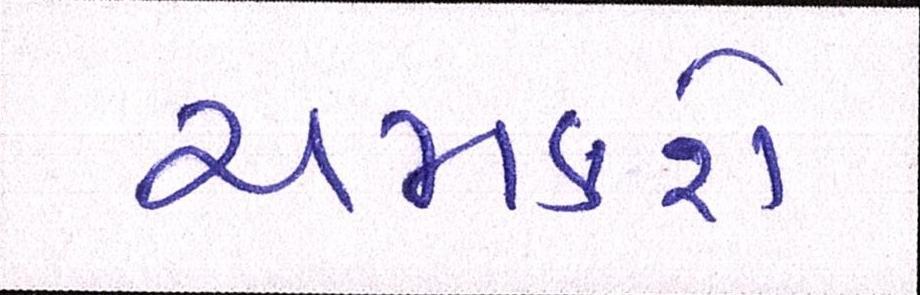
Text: ચમકશે